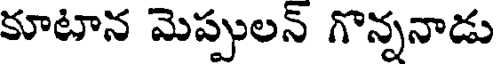
కూటాన మెప్పులన్ గొన్ననాడు